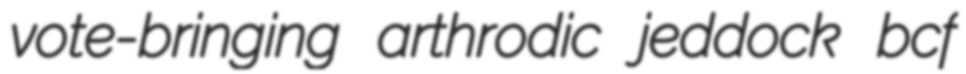
vote-bringing arthrodic jeddock bcf